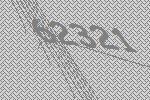
62321